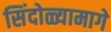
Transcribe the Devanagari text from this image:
सिंदोळ्यामागे